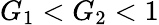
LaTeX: G_{1}<G_{2}<1